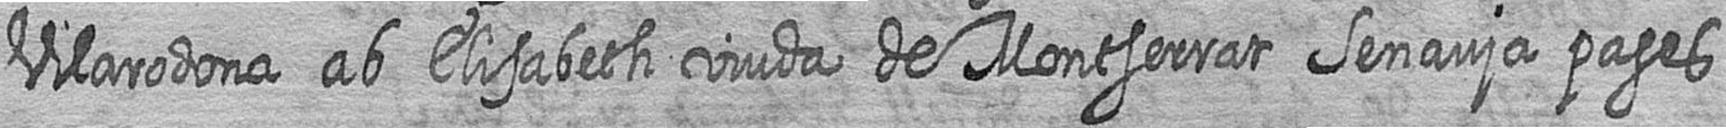
Vilarodona ab Elisabeth viuda de Montserrat Senauja pages